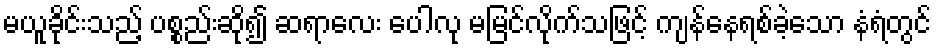
မယူခိုင်းသည့် ပစ္စည်းဆို၍ ဆရာလေး ပေါလု မမြင်လိုက်သဖြင့် ကျန်နေရစ်ခဲ့သော နံရံတွင်